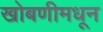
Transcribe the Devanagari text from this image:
खोबणीमधून